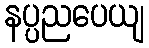
နပ္ပညပေယျ